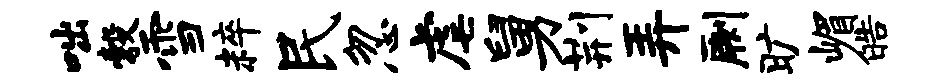
咄彀雪粹民忽虐舅荆弄劂旷嵋皓